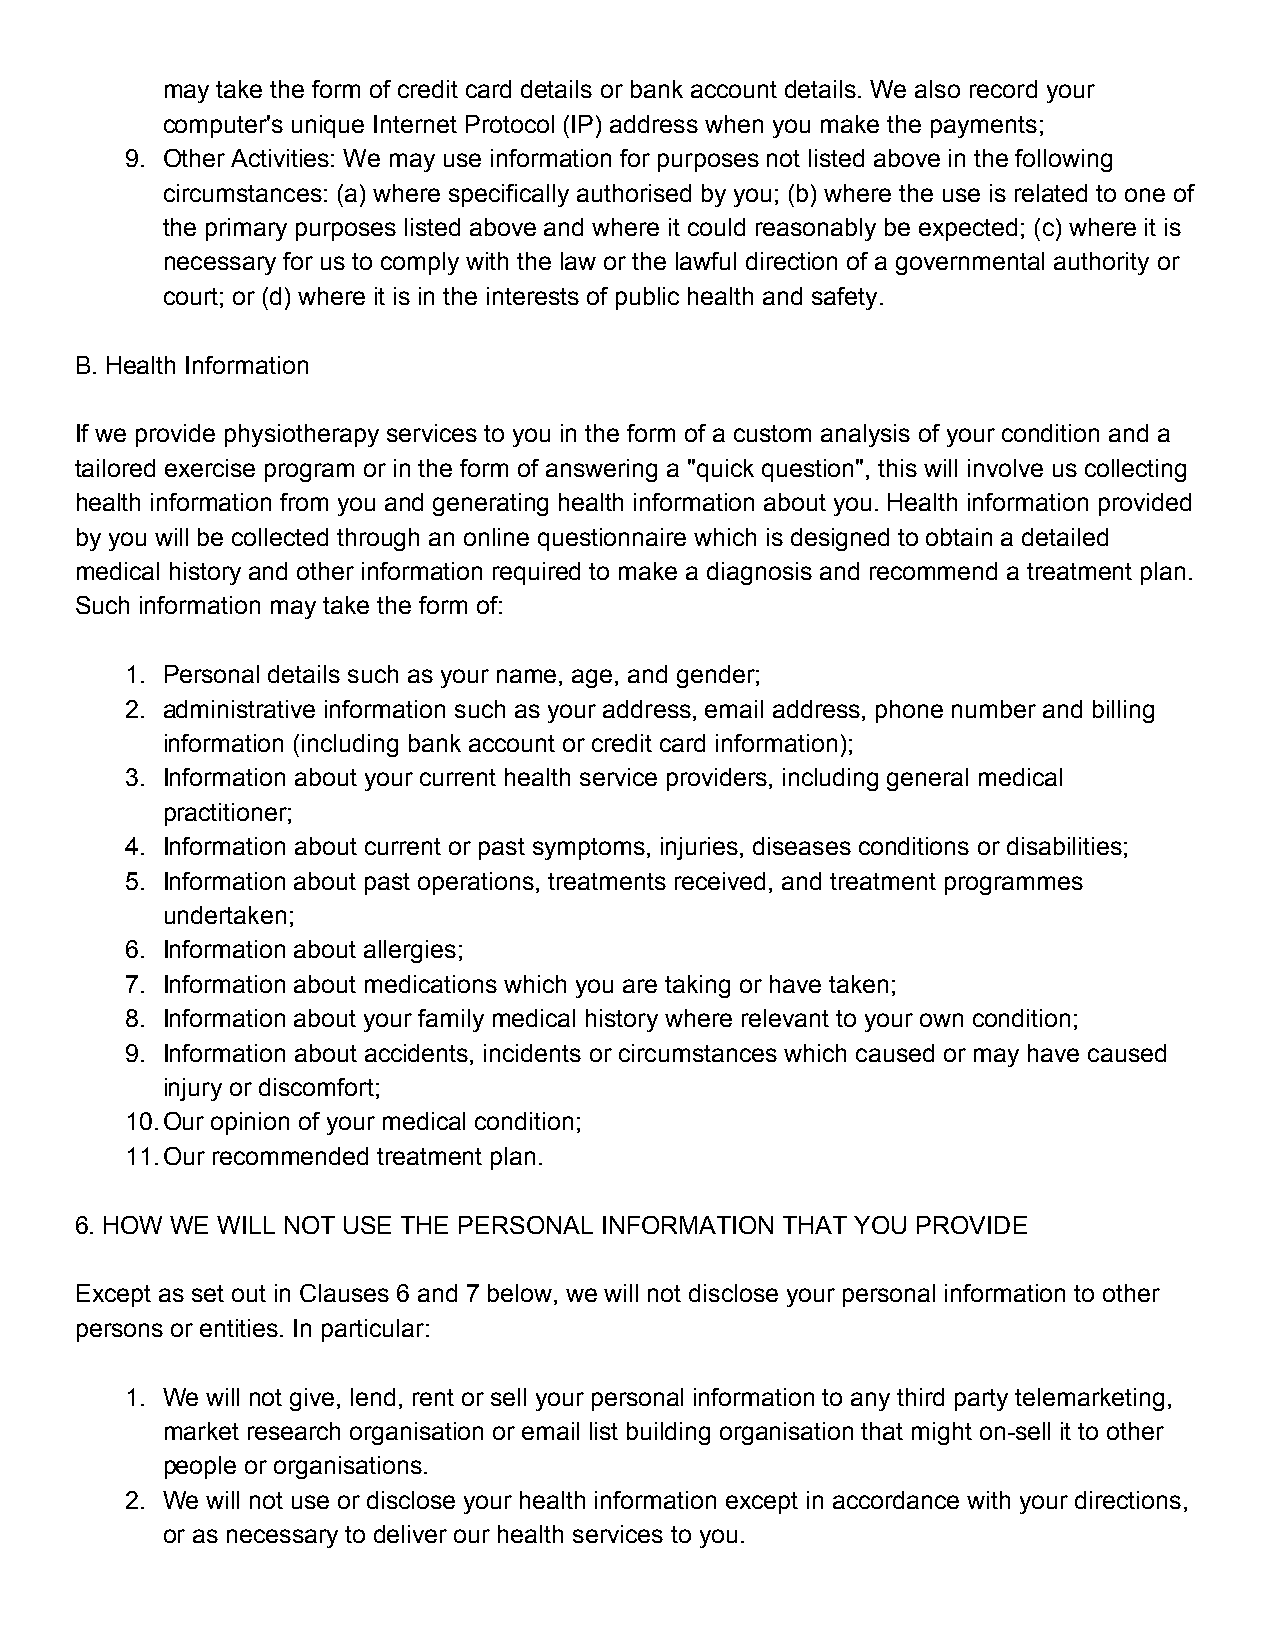
may take the form of credit card details or bank account details. We also record your
 computer's unique Internet Protocol (IP) address when you make the payments;
 9. Other Activities: We may use information for purposes not listed above in the following
 circumstances: (a) where specifically authorised by you; (b) where the use is related to one of
 the primary purposes listed above and where it could reasonably be expected; (c) where it is
 necessary for us to comply with the law or the lawful direction of a governmental authority or
 court; or (d) where it is in the interests of public health and safety.
 B. Health Information
 If we provide physiotherapy services to you in the form of a custom analysis of your condition and a
 tailored exercise program or in the form of answering a "quick question", this will involve us collecting
 health information from you and generating health information about you. Health information provided
 by you will be collected through an online questionnaire which is designed to obtain a detailed
 medical history and other information required to make a diagnosis and recommend a treatment plan.
 Such information may take the form of:
 1. Personal details such as your name, age, and gender;
 2. administrative information such as your address, email address, phone number and billing
 information (including bank account or credit card information);
 3. Information about your current health service providers, including general medical
 practitioner;
 4. Information about current or past symptoms, injuries, diseases conditions or disabilities;
 5. Information about past operations, treatments received, and treatment programmes
 undertaken;
 6. Information about allergies;
 7. Information about medications which you are taking or have taken;
 8. Information about your family medical history where relevant to your own condition;
 9. Information about accidents, incidents or circumstances which caused or may have caused
 injury or discomfort;
 10.Our opinion of your medical condition;
 11.Our recommended treatment plan.
 6. HOW WE WILL NOT USE THE PERSONAL INFORMATION THAT YOU PROVIDE
 Except as set out in Clauses 6 and 7 below, we will not disclose your personal information to other
 persons or entities. In particular:
 1. We will not give, lend, rent or sell your personal information to any third party telemarketing,
 market research organisation or email list building organisation that might on-sell it to other
 people or organisations.
 2. We will not use or disclose your health information except in accordance with your directions,
 or as necessary to deliver our health services to you.